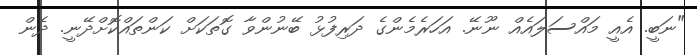
"ނަބީ. އެއީ މައްސަލައެއް ނޫނޭ. އަހަރެމެންގެ ދަރިފުޅު ބޭނުންވާ ގޮތަކަށް ކަންތައްކޮށްދޭނީ. ދެން